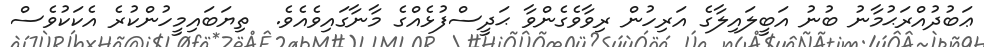
ޢަބުދުއްރަޙުމާނު ބުނު އަބީލައިލާގެ އަރިހުން ރިވާވެގެންވާ ޙަދީސްފުޅެއްގެ މާނާގައިވެއެވެ.  ތިޔަބައިމީހުންކުރެ އެކަކުވެސް